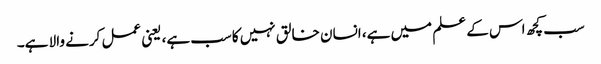
سب کچھ اس کے علم میں ہے، انسان خالق نہیں کاسب ہے، یعنی عمل کرنے والا ہے۔